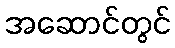
အဆောင်တွင်